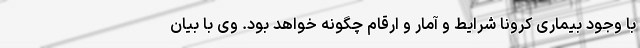
با وجود بیماری کرونا شرایط و آمار و ارقام چگونه خواهد بود. وی با بیان